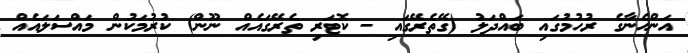
އަންހެނާގެ ރުހުމުގައި ބައްދަލު (ގޭތެރޭގައި - ކޮޓަރި ތެރޭގައެއް ނޫން) ކުރުމަކުން މައްސަލައެއް